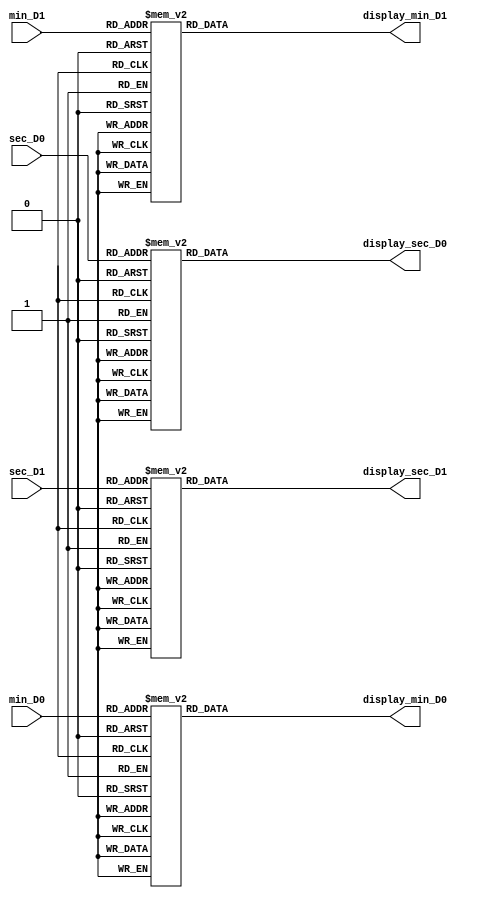
`timescale 1ns / 1ps
//////////////////////////////////////////////////////////////////////////////////
// Company: 
// Engineer: 
// 
// Design Name: 
// Module Name: display_7seg_timer
// Project Name: 
// Target Devices: 
// Tool Versions: 
// Description: 
// 
// Dependencies: 
// 
// Revision:
// Revision 0.01 - File Created
// Additional Comments:
// 
//////////////////////////////////////////////////////////////////////////////////

// the 7 seg display patterns for the minutes and seconds of the timer
module display_7seg_timer(min_D1, min_D0, sec_D1, sec_D0, display_min_D1, display_min_D0, display_sec_D1, display_sec_D0);
input [3:0] min_D1, min_D0, sec_D1, sec_D0;
output reg [6:0] display_min_D1 = 0, display_min_D0 = 0, display_sec_D1 = 0, display_sec_D0 = 0;
always @(min_D1) // Changes the 7seg display for every second (at the ones place)
    begin
        case(min_D1)
            4'b0000: display_min_D1 <= 7'b1000000; //0
            4'b0001: display_min_D1 <= 7'b1111001; //1
            4'b0010: display_min_D1 <= 7'b0100100; //2
            4'b0011: display_min_D1 <= 7'b0110000; //3
            4'b0100: display_min_D1 <= 7'b0011001; //4
            4'b0101: display_min_D1 <= 7'b0010010; //5
            4'b0110: display_min_D1 <= 7'b0000010; //6
            4'b0111: display_min_D1 <= 7'b1111000; //7
            4'b1000: display_min_D1 <= 7'b0000000; //8
            4'b1001: display_min_D1 <= 7'b0010000; //9
            default: display_min_D1 <= 7'dz;
        endcase        
    end
always @(min_D0) // Changes the 7seg display for every second (at the tens place)
    begin
        case(min_D0)
            4'b0000: display_min_D0 <= 7'b1000000; //0
            4'b0001: display_min_D0 <= 7'b1111001; //1
            4'b0010: display_min_D0 <= 7'b0100100; //2
            4'b0011: display_min_D0 <= 7'b0110000; //3
            4'b0100: display_min_D0 <= 7'b0011001; //4
            4'b0101: display_min_D0 <= 7'b0010010; //5
            4'b0110: display_min_D0 <= 7'b0000010; //6
            4'b0111: display_min_D0 <= 7'b1111000; //7
            4'b1000: display_min_D0 <= 7'b0000000; //8
            4'b1001: display_min_D0 <= 7'b0010000; //9
            default: display_min_D0 <= 7'dz;
        endcase        
    end
always @(sec_D1) // Changes the 7seg display for every minute (at the ones place)
    begin
        case(sec_D1)
            4'b0000: display_sec_D1 <= 7'b1000000; //0
            4'b0001: display_sec_D1 <= 7'b1111001; //1
            4'b0010: display_sec_D1 <= 7'b0100100; //2
            4'b0011: display_sec_D1 <= 7'b0110000; //3
            4'b0100: display_sec_D1 <= 7'b0011001; //4
            4'b0101: display_sec_D1 <= 7'b0010010; //5
            4'b0110: display_sec_D1 <= 7'b0000010; //6
            4'b0111: display_sec_D1 <= 7'b1111000; //7
            4'b1000: display_sec_D1 <= 7'b0000000; //8
            4'b1001: display_sec_D1 <= 7'b0010000; //9
            default: display_sec_D1 <= 7'dz;
        endcase        
    end
always @(sec_D0) // Changes the 7seg display for every minute (at the tens place)
    begin
        case(sec_D0)
            4'b0000: display_sec_D0 <= 7'b1000000; //0
            4'b0001: display_sec_D0 <= 7'b1111001; //1
            4'b0010: display_sec_D0 <= 7'b0100100; //2
            4'b0011: display_sec_D0 <= 7'b0110000; //3
            4'b0100: display_sec_D0 <= 7'b0011001; //4
            4'b0101: display_sec_D0 <= 7'b0010010; //5
            4'b0110: display_sec_D0 <= 7'b0000010; //6
            4'b0111: display_sec_D0 <= 7'b1111000; //7
            4'b1000: display_sec_D0 <= 7'b0000000; //8
            4'b1001: display_sec_D0 <= 7'b0010000; //9
            default: display_sec_D0 <= 7'dz;
        endcase        
    end
endmodule